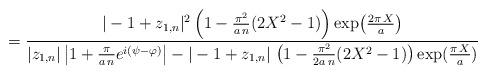
LaTeX: \begin{align*}=\frac{|-1 + z_{1,n}|^2 \left(1 - \frac{\pi^2}{a \, n} (2 X^2 -1) \right)\exp\bigl(\frac{2 \pi \, X}{a}\bigr)}{|z_{1,n}|\left|1 + \frac{\pi}{a \, n} e^{i (\psi - \varphi)}\right|-|-1 + z_{1,n}| \,\left(1 - \frac{\pi^2}{2 a \, n} (2 X^2 -1) \right)\exp(\frac{\pi \, X}{a})}\end{align*}